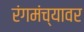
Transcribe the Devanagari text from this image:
रंगमंच्यावर